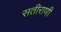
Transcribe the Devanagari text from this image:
सतीराणी